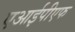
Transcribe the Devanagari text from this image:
एआईपीएफ